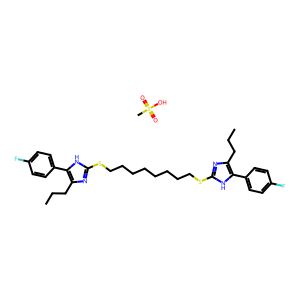
SMILES: CCCc1nc(SCCCCCCCCSc2nc(CCC)c(-c3ccc(F)cc3)[nH]2)[nH]c1-c1ccc(F)cc1.CS(=O)(=O)O
Inhibits HIV replication: No